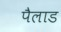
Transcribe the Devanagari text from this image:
पैलाड